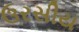
ઉરસીય